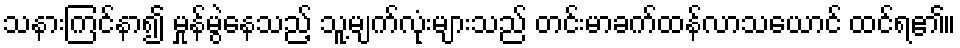
သနားကြင်နာ၍ မှုန်မွဲနေသည့် သူ့မျက်လုံးများသည် တင်းမာခက်ထန်လာသယောင် ထင်ရ၏။